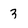
Character: 3